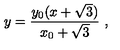
y = \frac { y _ { 0 } ( x + \sqrt { 3 } ) } { x _ { 0 } + \sqrt { 3 } } \ ,